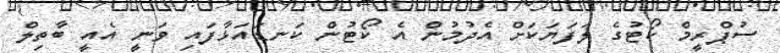
ސުޕްރީމް ކޯޓުގެ ލަފަޔަކަށް އެދުމުން އެ ކޯޓުން ކަނޑައަޅާފައި ވަނީ އެއީ ބާތިލް